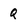
Character: Q